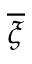
\overline { { \xi } }